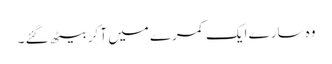
وہ سارے ایک کمرے میں آ کر بیٹھ گئے ۔